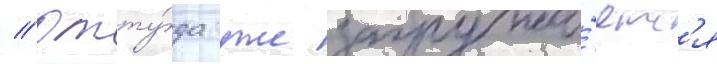
// Отту́да уже загружа́етс'я